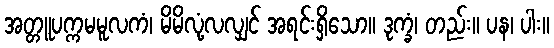
အတ္တူပက္ကမမူလကံ၊ မိမိလုံ့လလျှင် အရင်းရှိသော။ ဒုက္ခံ၊ တည်း။ ပန၊ ပါး။